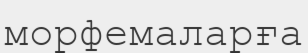
морфемаларға